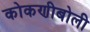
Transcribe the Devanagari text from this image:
कोकणीबोली